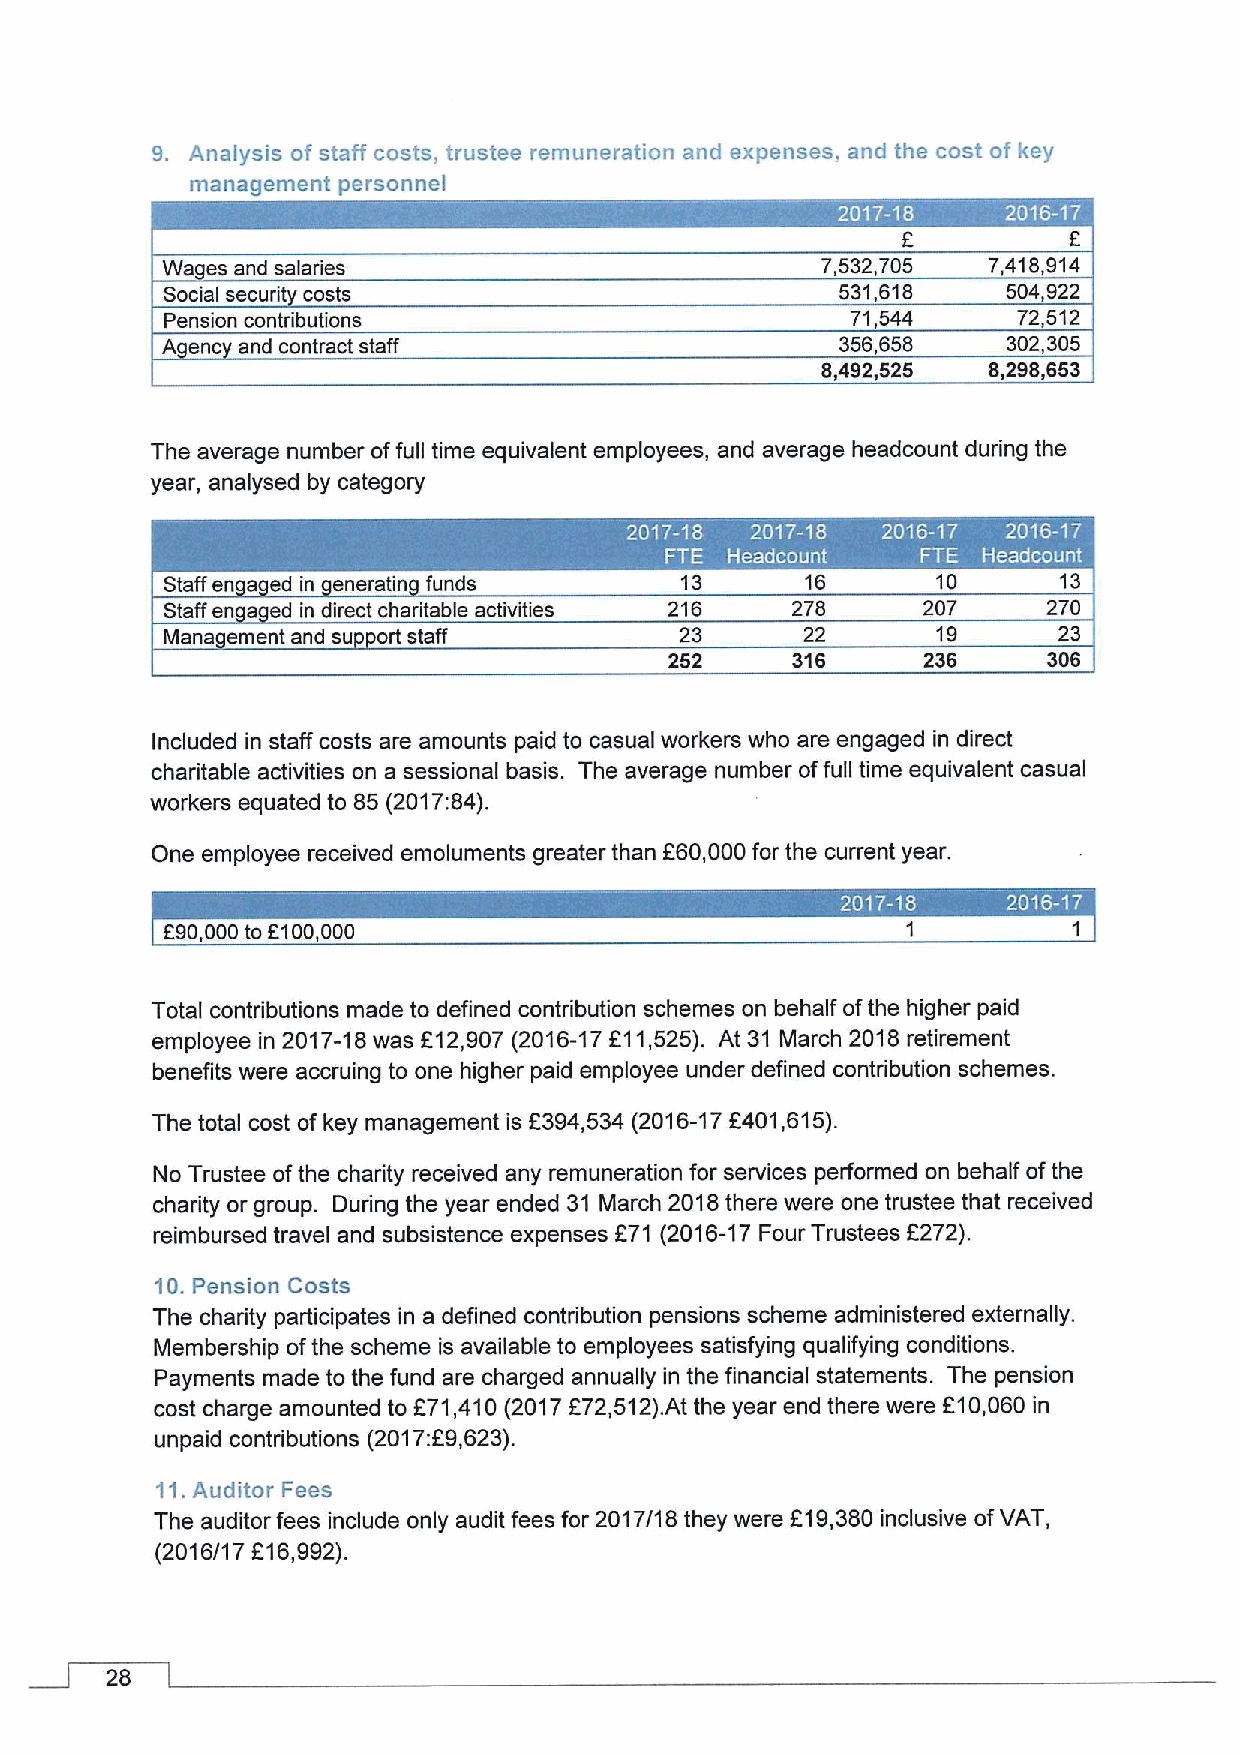
9. Analysis of staff costs, trustee remuneration and expenses, and the cost of key
 management personnel
 I          I ~
 Wa es and salaries                         7,532,705  7,416,914
 Social securi costs                          531,616    504,922
 Pension contributions                        71,544     72,512
 A enc and contract staff                     356,658    302,305
 6,492,525  6,296,653
 The average number offull time equivalent employees, and average headcount during the
 year, analysed by category
 ~ ~
 Staff en a ed in eneratin funds   13      16       10      13
 Staff en a ed in direct charitable activities 216 276 207 270
 Mana ement and su ori staff       23      22       19      23
 252     316      236     306
 Included in staff costs are amounts paid to casual workers who are engaged in direct
 charitable activities on a sessional basis. The average number offull time equivalent casual
 workers equated to 85 (2017:84).
 One employee received emoluments greater than 260,000for the current year.
 ~ ~
 f90,000to 5100,000
 Total contributions made to defined contribution schemes on behalf ofthe higher paid
 employee in 2017-18was 812,907 (2018-17611,525). At 31 March 2018retirement
 benefits were accruing to one higher paid employee under defined contribution schemes.
 The total cost of key management is 2394,534 (2016-176401,815).
 No Trustee ofthe charity received any remuneration for services performed on behalf ofthe
 charity or group. During the year ended 31 March 2018there were one trustee that received
 reimbursed travel and subsistence expenses F71 (2018-17Four Trustees 2272).
 10.Pension Costs
 The chadity participates in a defined contribution pensions scheme administered externally.
 Membership ofthe scheme is available to employees satisfying qualifying conditions.
 Payments made to the fund are charged annually in the financial statements. The pension
 cost charge amounted to f 71,410(2017872,512).At the year end there were f10,080 in
 unpaid contributions (2017:F9,623).
 11.Auditor Fees
 The auditor fees include only audit fees for 2017/18 they were f19,380 inclusive ofVAT,
 (2018/17 218,992).
 28